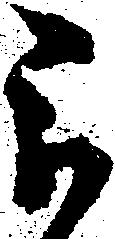
被